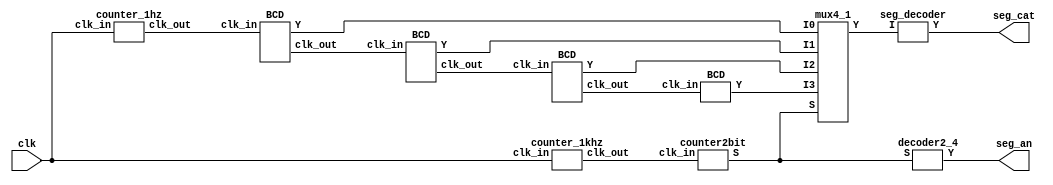
`timescale 1ns / 1ps


module wrapper (
    input clk,
    output [3:0]seg_an,
    output [7:0]seg_cat
    );
    
wire [1:0]S;                            //select wires
wire clk_sig_1;                         //1Hz clock signal wire
wire clk_sig_2;                         //1kHz clock signal wire
wire [3:0]an_wire;                      //anode select wire
wire [7:0]cat_wire;                     //cathode select wire
wire [3:0]muxI0;
wire [3:0]muxI1;
wire [3:0]muxI2;
wire [3:0]muxI3;
wire [3:0]muxOut;
wire [2:0]next;                         //clock from one digit to the next


counter_1hz counter_1 (
                    .clk_in(clk),
                    .clk_out(clk_sig_1)     //output 1Hz
                    );
                    
counter_1khz counter_1k (
    .clk_in(clk),
    .clk_out(clk_sig_2)                      //output 1kHz
    );
    
counter2bit counter_2bit(
    .clk_in(clk_sig_2),                     //1kHz input
    .S(S)                                   //2 bit select signal
    );
    
decoder2_4 decoder (
    .S(S),                                  //2 bit select signal
    .Y(an_wire)                              //output to 7 seg anodes
    );
    
mux4_1 mux (
    .I0(muxI0),
    .I1(muxI1),
    .I2(muxI2),
    .I3(muxI3),
    .S(S),
    .Y(muxOut)
    );
    
seg_decoder seg_decoder (
    .I(muxOut),
    .Y(cat_wire)
    );

BCD counter0 (
             .clk_in(clk_sig_1),
             .Y(muxI0),
             .clk_out(next[0])
             );
             
BCD counter1 (
             .clk_in(next[0]),
             .Y(muxI1),
             .clk_out(next[1])
             );
             
BCD counter2 (
             .clk_in(next[1]),
             .Y(muxI2),
             .clk_out(next[2])
             );
             
BCD counter3 (
             .clk_in(next[2]),
             .Y(muxI3)
             );
             
assign seg_an = an_wire;
assign seg_cat = cat_wire;

endmodule 


module decoder2_4 (
    input [1:0]S,                   //select input
    output [3:0]Y                   //output
    );

reg [3:0]tmp;
always @ (S) begin
    case (S)
        2'b01: tmp <= 4'b1101;
        2'b10: tmp <= 4'b1011;
        2'b11: tmp <= 4'b0111;
        default: tmp <= 4'b1110;
    endcase
end

assign Y = tmp;

endmodule 

module mux4_1 (
    input [3:0]I0,
    input [3:0]I1,
    input [3:0]I2,
    input [3:0]I3,
    input [1:0]S,
    output [3:0]Y
    );
    
reg [7:0]tmp = 8'b0;
    
always @ (S) begin
    case (S)
        2'b01: tmp <= I1;
        2'b10: tmp <= I2;
        2'b11: tmp <= I3;
        default: tmp <= I0;
    endcase
end

assign Y = tmp;

endmodule 

module counter2bit (
    input clk_in,
    output [1:0]S
    );

reg [1:0]counter = 2'b0;

always @ (posedge clk_in)
    counter <= counter + 1;

assign S = counter;
endmodule 

module seg_decoder (
    input [3:0]I,
    output [7:0]Y);

reg [7:0] cat = 8'b0;

always @ (I) begin
    case (I)
        4'b0001: cat <= 8'b11111001;        //1
        4'b0010: cat <= 8'b10100100;        //2
        4'b0011: cat <= 8'b10110000;        //3
        4'b0100: cat <= 8'b10011001;        //4
        4'b0101: cat <= 8'b10010010;        //5
        4'b0110: cat <= 8'b10000010;        //6
        4'b0111: cat <= 8'b11111000;        //7
        4'b1000: cat <= 8'b10000000;        //8
        4'b1001: cat <= 8'b10011000;        //9
        default: cat <= 8'b11000000;        //0
    endcase
end

assign Y = cat;
endmodule

module BCD (
    input clk_in,
    output [3:0]Y,
    output clk_out
    );
       
reg [3:0] counter = 4'b0;
reg out = 1'b0;

always @ (posedge clk_in) begin
    if (counter == 4'b1001) begin
        counter <= 4'b0;
        out <= 1;
    end
    else begin
        counter <= counter + 1;
        out <= 0;
    end
        
end

assign Y = counter;
assign clk_out = out;

endmodule 

module counter_1khz(
    input clk_in,
    output clk_out
    );

reg tmp = 1'b0;
reg [26:0]counter = 27'd0;

always @ (posedge clk_in) begin                        //create 1kHz counter based clock
    if (counter == 27'd99999) begin
        counter <= 16'd0;
        tmp <= ~tmp;
    end
    else if (counter == 27'd49999) begin
        counter <= counter + 1;
        tmp <= ~tmp;
    end
    else
        counter <= counter + 1;
end

assign clk_out = tmp;
endmodule

module counter_1hz(
    input clk_in,
    output clk_out
    );

reg tmp = 1'b0;
reg [26:0]counter = 27'd0;

always @ (posedge clk_in) begin                        //create 1Hz counter based clock
    if (counter == 27'd99999999) begin
        counter <= 16'd0;
        tmp <= ~tmp;
    end
    else if (counter == 27'd49999999) begin
        counter <= counter + 1;
        tmp <= ~tmp;
    end
    else
        counter <= counter + 1;
end

assign clk_out = tmp;
endmodule